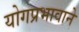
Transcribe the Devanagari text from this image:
योगप्रभावाने